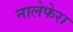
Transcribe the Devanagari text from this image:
नालेफेरा